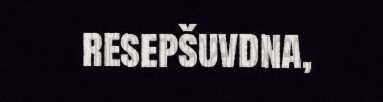
resepšuvdna,